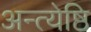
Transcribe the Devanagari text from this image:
अन्त्येष्ठि